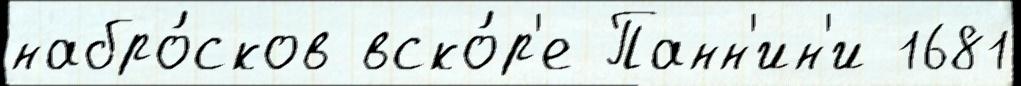
набро́сков вско́р'е Панн'ин'и 1681